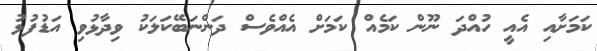
ކަމަށާއި އެއީ ހުއްދަ ނޫން ކަމެއް ކަމަށް އެއްވެސް ދަންނަބޭކަލަކު ވިދާޅުވި އަޑުފުޅު